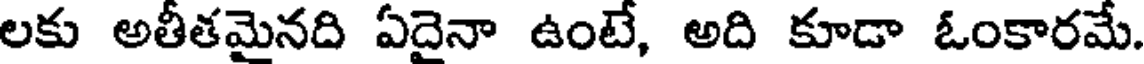
లకు అతీతమైనది ఏదైనా ఉంటే, అది కూడా ఓంకారమే.